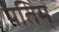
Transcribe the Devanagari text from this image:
पतिम्